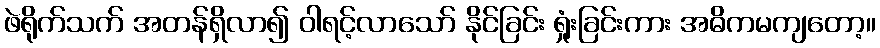
ဖဲရိုက်သက် အတန်ရှိလာ၍ ဝါရင့်လာသော် နိုင်ခြင်း ရှုံးခြင်းကား အဓိကမကျတော့။